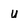
Character: u